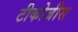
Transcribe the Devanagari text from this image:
टीकोजीस